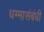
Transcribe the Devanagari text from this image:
धम्मासंबंधी